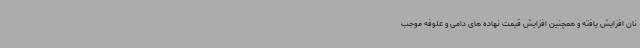
نان افزایش یافته و همچنین افزایش قیمت نهاده های دامی و علوفه موجب